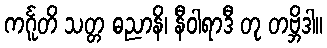
ကင်္ဂူတိ သတ္တ ဓညာနိ၊ နီဝါရာဒီ တု တဗ္ဘိဒါ။